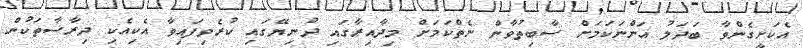
އެކަށީގެންވާ ބަދަލު އަންނަކަމަށް ސާބިތުވާން ނެތްކަމަށް މިދާއިރާގައި ދުނިޔޭގައި ކުރެވިފައިވާ އެކިއެކި ދިރާސާތަކުން